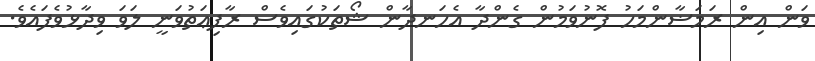
ވަން އިން ރަމަޟާންމަހު ފޮނުވަމުން ގެންދާ އެހަނދާން ޝޯތަކުގައިވެސް ރާފިޢަތުވަނީ ލަވަ ވިދާޅުވެފައެވެ.